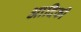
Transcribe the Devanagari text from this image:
आदिकी